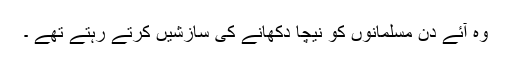
وہ آئے دن مسلمانوں کو نیچا دکھانے کی سازشیں کرتے رہتے تھے ۔